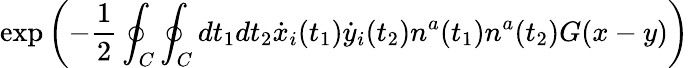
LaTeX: \exp\left(-{\frac{1}{2}}\oint_{C}\oint_{C}dt_{1}dt_{2}\dot{x}_{i}(t_{1})\dot{y}_{i}(t_{2})n^{a}(t_{1})n^{a}(t_{2})G(x-y)\right)